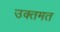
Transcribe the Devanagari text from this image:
उक्तमत